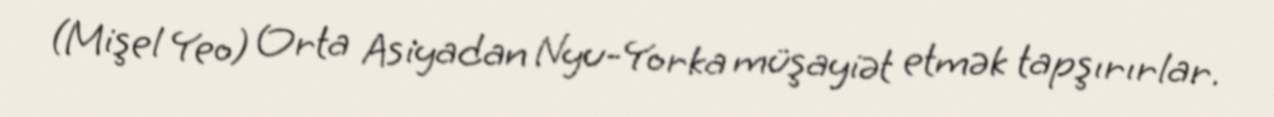
(Mişel Yeo) Orta Asiyadan Nyu-Yorka müşayiət etmək tapşırırlar.